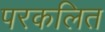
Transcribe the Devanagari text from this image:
परकलित